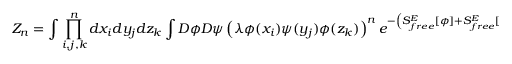
{ \cal Z } _ { n } = \int \prod _ { i , j , k } ^ { n } d x _ { i } d y _ { j } d z _ { k } \int { \cal D } \phi { \cal D } \psi \left( \lambda \phi ( x _ { i } ) \psi ( y _ { j } ) \phi ( z _ { k } ) \right) ^ { n } e ^ { - \left( S _ { f r e e } ^ { E } \left[ \phi \right] + S _ { f r e e } ^ { E } \left[ \psi \right] \right) }